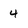
Character: 4